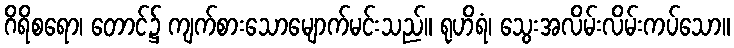
ဂိရိစရော၊ တောင်၌ ကျက်စားသောမျောက်မင်းသည်။ ရုဟိရံ၊ သွေးအလိမ်းလိမ်းကပ်သော။